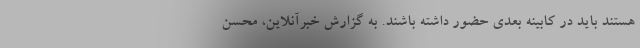
هستند باید در کابینه بعدی حضور داشته باشند. به گزارش خبرآنلاین، محسن